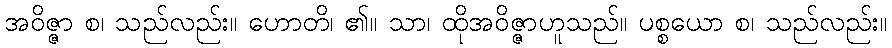
အဝိဇ္ဇာ စ၊ သည်လည်း။ ဟောတိ၊ ၏။ သာ၊ ထိုအဝိဇ္ဇာဟူသည်။ ပစ္စယော စ၊ သည်လည်း။